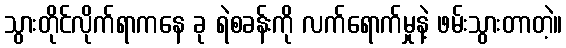
သွားတိုင်လိုက်ရာကနေ ခု ရဲစခန်းကို လက်ရောက်မှုနဲ့ ဖမ်းသွားတာတဲ့။